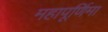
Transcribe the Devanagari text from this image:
महापूर्णिमा